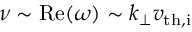
\nu \sim \mathrm { R e } ( \omega ) \sim k _ { \perp } v _ { \mathrm { t h , i } }